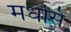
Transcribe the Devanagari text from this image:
मधेसि